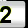
Digit: 2